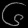
Digit: ၆